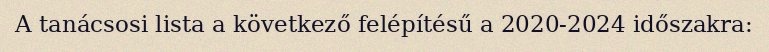
A tanácsosi lista a következő felépítésű a 2020-2024 időszakra: